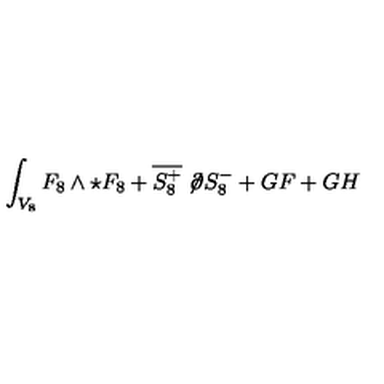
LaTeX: \int _ { V _ { 8 } } F _ { 8 } \wedge \star F _ { 8 } + \overline { { S _ { 8 } ^ { + } } } \not \! \partial S _ { 8 } ^ { - } + G F + G H